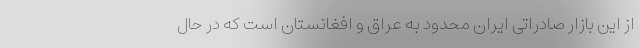
از این بازار صادراتی ایران محدود به عراق و افغانستان است که در حال